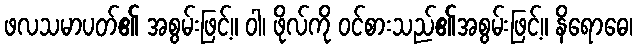
ဖလသမာပတ်၏ အစွမ်းဖြင့်။ ဝါ၊ ဖိုလ်ကို ဝင်စားသည်၏အစွမ်းဖြင့်။ နိရောဓေ၊